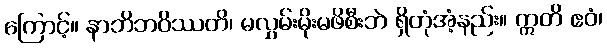
ကြောင့်။ နာဘိဘဝိဿတိ၊ မလွှမ်းမိုးမဖိစီးဘဲ ရှိတုံအံ့နည်း။ ဣတိ ဧဝံ၊